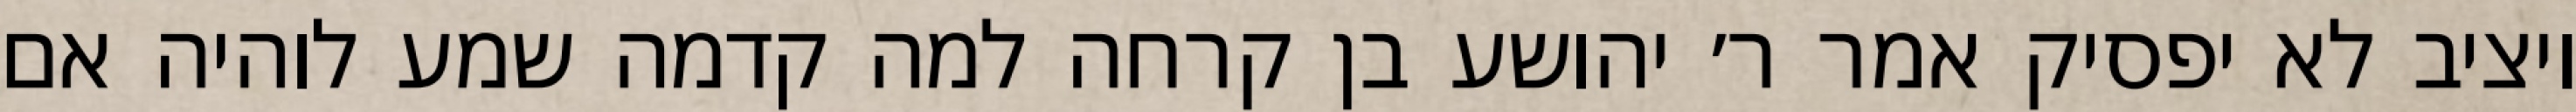
ויציב לא יפסיק אמר ר׳ יהושע בן קרחה למה קדמה שמע לוהיה אם